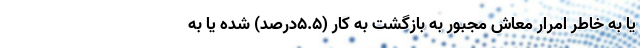
یا به‌ خاطر امرار معاش مجبور به بازگشت به‌ کار (۵.۵درصد) شده یا به‌